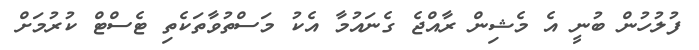
ފުލުހުން ބުނީ އެ މެޝިން ރާއްޖެ ގެނައުމާ އެކު މަސްތުވާތަކެތި ޓެސްޓް ކުރުމަށް